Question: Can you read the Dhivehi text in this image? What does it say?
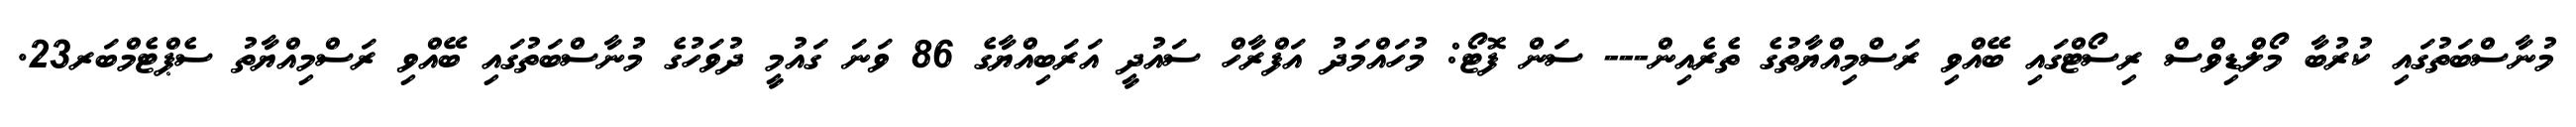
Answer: މުނާސްބަތުގައި ކުރުބާ މޯލްޑިވްސް ރިސޯޓްގައި ބޭއްވި ރަސްމިއްޔާތުގެ ތެރެއިން--- ސަން ފޮޓޯ: މުހައްމަދު އަފްރާހް ސައުދީ އަރަބިއްޔާގެ 86 ވަނަ ގައުމީ ދުވަހުގެ މުނާސްބަތުގައި ބޭއްވި ރަސްމިއްޔާތު ސެޕްޓެމްބަރ23.